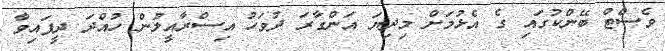
ވެސްޓް ބޭންކުގައި ގެ އެޅުމަށް މިދިޔަ އަންގާރަ ދުވަހު އިސްރާއީލުން ހުއްދަ ދީފައިވާ